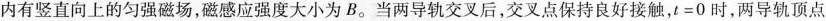
内有竖直向上的匀强磁场，磁感应强度大小为B。当两导轨交叉后，交叉点保持良好接触，$$t = 0$$时，两导轨顶点